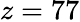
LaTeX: z=77